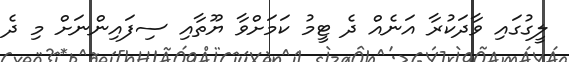
ލީގުގައި ވާދަކުރާ އަނެއް ދެ ޓީމު ކަމަށްވާ ޔޫތާއި ސިފައިންނަށް މި ދެ